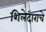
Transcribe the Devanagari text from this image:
शिलेदाराचे